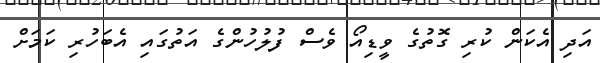
އަދި އެކަން ކުރި ގޮތުގެ ވީޑިއޯ ވެސް ފުލުހުންގެ އަތުގައި އެބަހުރި ކަމަށް